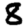
Digit: 8